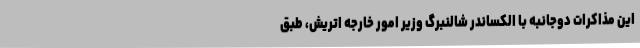
این مذاکرات دوجانبه با الکساندر شالنبرگ وزیر امور خارجه اتریش، طبق